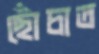
ছোঁচাত